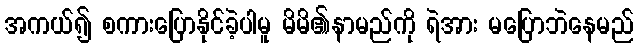
အကယ်၍ စကားပြောနိုင်ခဲ့ပါမူ မိမိ၏နာမည်ကို ရဲအား မပြောဘဲနေမည်